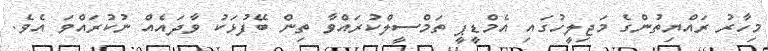
މިހާރު ރައްޔިތުންގެ މަޖިލީހުގައި އެމްޑީޕީ ތަމްސީލްކުރައްވާ ތިން ބޭފުޅަކު ވާދައެއް ނުކުރައްވަ އެވެ.